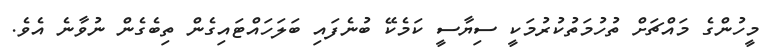
މީހުންގެ މައްޗަށް ތުހުމަތުކުރުމަކީ ސިޔާސީ ކަމެކޭ ބުނެފައި ބަލަހައްޓައިގެން ތިބެގެން ނުވާނެ އެވެ.